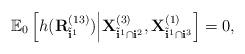
LaTeX: \begin{align*}\mathbb{E}_0\left[ h({\bf R}^{(13)}_{\tilde{\bf i}^1})\middle|{\bf X}^{(3)}_{\tilde{\bf i}^1 \cap {\bf i}^2}, {\bf X}^{(1)}_{\tilde{\bf i}^1 \cap {\bf i}^3}\right] = 0,\end{align*}